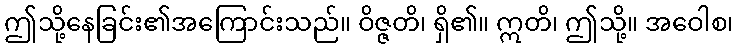
ဤသို့နေခြင်း၏အကြောင်းသည်။ ဝိဇ္ဇတိ၊ ရှိ၏။ ဣတိ၊ ဤသို့။ အဝေါစ၊